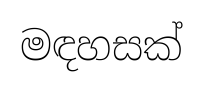
මඳහසක්